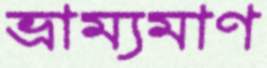
ভ্রাম্যমাণ